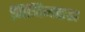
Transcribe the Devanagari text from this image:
मिनिमाइझ